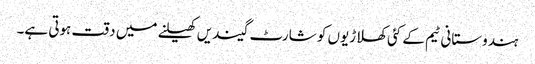
ہندوستانی ٹیم کے کئی کھلاڑیوں کو شارٹ گیندیں کھیلنے میں دقت ہوتی ہے۔